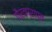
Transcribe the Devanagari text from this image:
गौरवप्राप्त